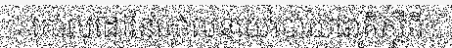
គោលដៅនៃគោលនយោបាយជាតិស្តីពី